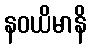
နဝယိမာနိ